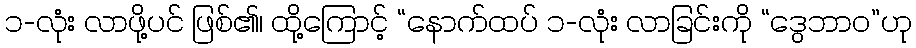
၁-လုံး လာဖို့ပင် ဖြစ်၏၊ ထို့ကြောင့် “နောက်ထပ် ၁-လုံး လာခြင်းကို “ဒွေဘာဝ”ဟု